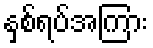
နှစ်ရပ်အကြား